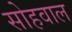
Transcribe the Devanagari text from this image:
सोहवाल